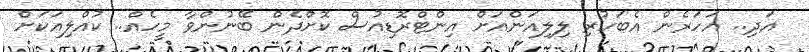
އަދި.. އަހަރެން އެބަހުރި ލިލިއަންއަށް އިންޓްރޮޑިއުސް ކޮށްދެން ބޭނުންވާ މީހެއް.. ކުއްލިއަކަށް